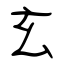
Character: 玄